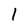
Character: 1